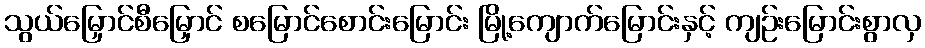
သွယ်မြှောင်စီမြှောင် စမြောင်စောင်းမြောင်း မြို့ကျောက်မြောင်းနှင့် ကျဉ်းမြောင်းစွာလှ